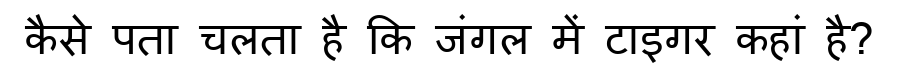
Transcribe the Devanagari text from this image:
कैसे पता चलता है कि जंगल में टाइगर कहां है?